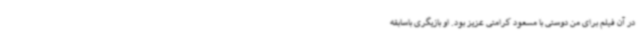
در آن فیلم برای من دوستی با مسعود کرامتی عزیز بود. او بازیگری باسابقه